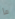
ما